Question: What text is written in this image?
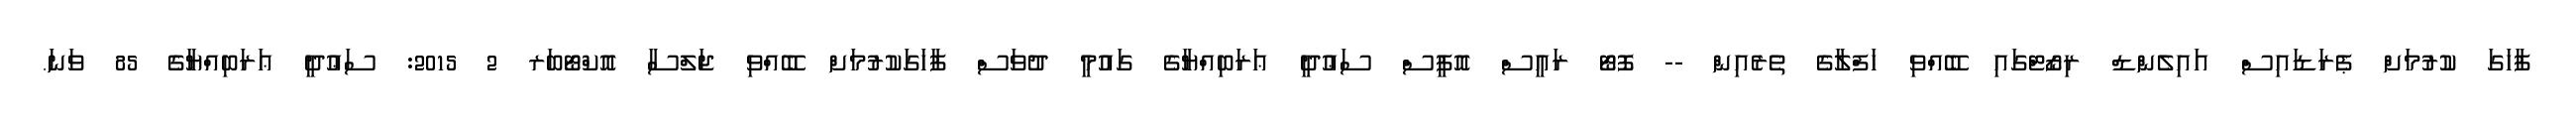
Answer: ފާހަގަ ކުރުމަށް ޕެރަޑައިސް އައިލެންޑް ރިޒޯޓްގައި ބޭއްވި ހަފްލާގެ ތެރެއިން -- ފޮޓޯ ރައީސް އޮފީސް ސަޢުދީ ޢަރަބިއްޔާގެ ގައުމީ ދުވަސް ފާހަގަކުރުމަށް ބޭއްވި ޖަލްސާ އޮކްޓޯބަރ 2 2015: ސަޢުދީ ޢަރަބިއްޔާގެ 85 ވަނަ.